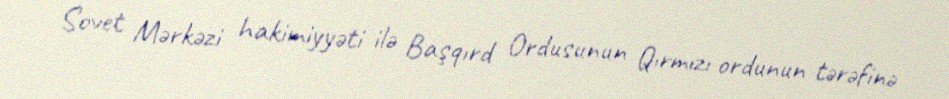
Sovet Mərkəzi hakimiyyəti ilə Başqırd Ordusunun Qırmızı ordunun tərəfinə